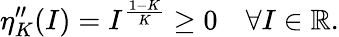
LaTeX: \eta_{K}^{\prime\prime}(I)=I^{\frac{1-K}{K}}\geq 0\quad\forall I\in\mathbb R.